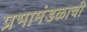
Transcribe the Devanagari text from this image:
प्रभामंडळाची